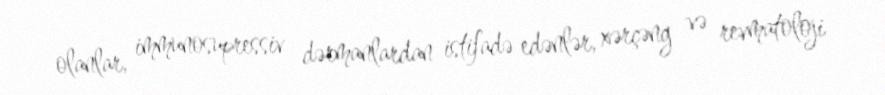
olanlar, immunosupressiv dərmanlardan istifadə edənlər, xərçəng və revmatoloji